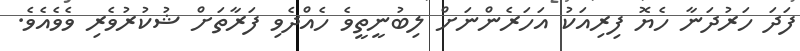
ފަދަ ހަރުދަނާ ހެޔޮ ފިރިއަކު އަހަރެންނަށް ލިބުނީތީވެ ހެއްދެވި ފަރާތަށް ޝުކުރުވެރި ވެވެއެވެ.